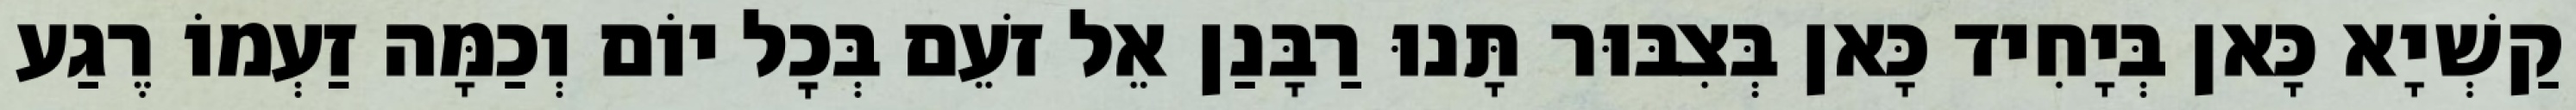
קַשְׁיָא כָּאן בְּיָחִיד כָּאן בְּצִבּוּר תָּנוּ רַבָּנַן אֵל זֹעֵם בְּכׇל יוֹם וְכַמָּה זַעְמוֹ רֶגַע